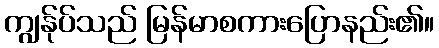
ကျွန်ုပ်သည် မြန်မာစကားပြောနည်း၏။